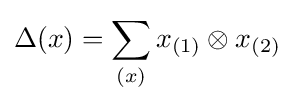
\Delta (x)=\sum _{(x)}x_{(1)}\otimes x_{(2)}